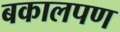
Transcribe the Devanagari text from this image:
बकालपण